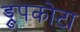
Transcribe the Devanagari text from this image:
ड्रुपकोटा